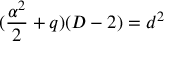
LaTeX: ( \frac { \alpha ^ { 2 } } { 2 } + q ) ( D - 2 ) = d ^ { 2 }